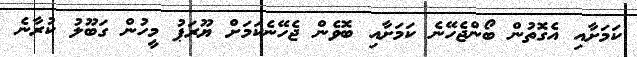
ކަމަށާއި އެގޮތުން ބޯންޖެހޭނެ ކަމަށާއި ބޮވެން ޖެހޭނެކަމަށް ޔޫރަޕު މީހުން ގަބޫލު ކުރާނެ